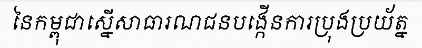
នៃកម្ពុជាស្នើសាធារណជនបង្កើនការប្រុងប្រយ័ត្ន